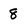
Character: 8